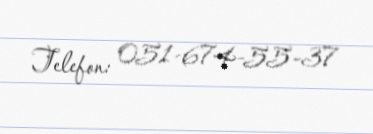
Telefon: 051-674-55-37